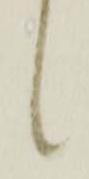
候